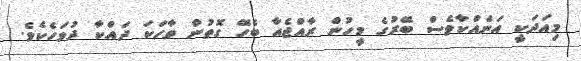
މިއަދަކީ އަނެއްކާވެސް ބޭރުގެ މީހުން ރާއްޖެއާ ބެހޭ ގޮތުން ވާހަކަ ދައްކާ ދުވަހެކެވެ.